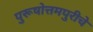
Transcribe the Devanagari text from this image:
पुरूषोत्तमपुरीचे